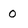
Character: 0